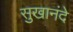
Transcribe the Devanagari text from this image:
सुखानंदे